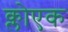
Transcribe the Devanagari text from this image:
क्लोएक